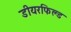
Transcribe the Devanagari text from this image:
डीयरफिल्ड